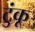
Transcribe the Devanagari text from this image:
टुंकू